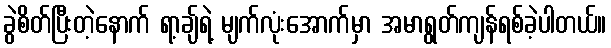
ခွဲစိတ်ပြီးတဲ့နောက် ရာ့ချ်ရဲ့ မျက်လုံးအောက်မှာ အမာရွတ်ကျန်ရစ်ခဲ့ပါတယ်။